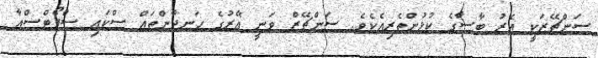
ސަންޗޭޒަކީ އެރު ބާސާގެ ކުޅުންތެރިއެކެވެ. ސަންޗޭޒް ވަނީ އޭރުގެ ހަނދާންތައް ސްކައި ސްޕޯޓްސްއާ